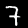
Label: 7